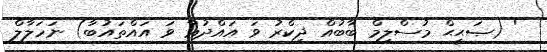
' (ޞަޙީޙް މުސްލިމް ބާބުއް ޛިކްރު ވަ އައްދުޢާ ވަ އައްތައުބާ) ނަހަލާލް